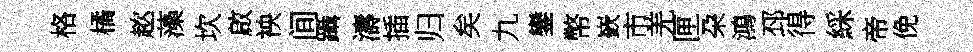
格橘趑藻坎啟䘧间躡濤插归矣九鑾幣嶔市羌匣朶鴻邳得綵帝俛